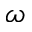
\omega